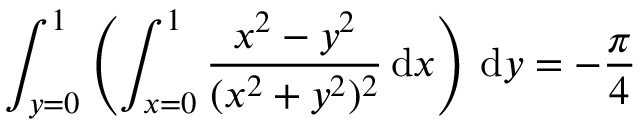
\int _ { y = 0 } ^ { 1 } \left( \int _ { x = 0 } ^ { 1 } { \frac { x ^ { 2 } - y ^ { 2 } } { ( x ^ { 2 } + y ^ { 2 } ) ^ { 2 } } } \, { \mathrm { d } } x \right) \, { \mathrm { d } } y = - { \frac { \pi } { 4 } }